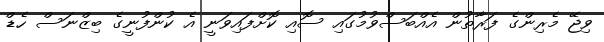
ވިޖޭ މެރިންގެ ފަރާތުން އެއްބަސްވުމުގައި ސޮއި ކޮށްފައިވަނީ އެ ކުންފުނީގެ ބިޒްނަސް ހެޑް